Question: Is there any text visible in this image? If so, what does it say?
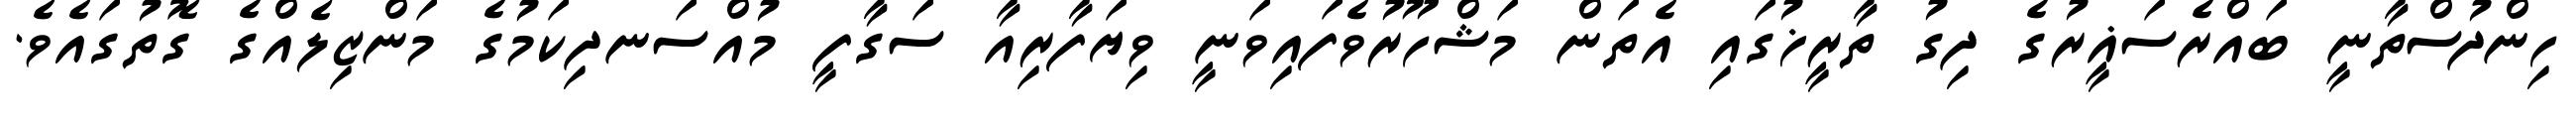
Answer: ހިންދުސްތާނީ ބައްރެސަޣީރުގެ ދިގު ތާރީޚުގައި އެތަން މަޝްހޫރުވެފައިވަނީ ވިޔަފާރިއާ ސަގާފީ މުއްސަނދިކަމުގެ މަންޒިލެއްގެ ގޮތުގައެވެ.